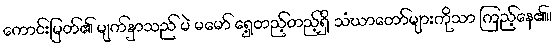
ကောင်းမြတ်၏ မျက်နှာသည် မဲ မမော် ရှေ့တည့်တည့်ရှိ သံဃာတော်များကိုသာ ကြည့်နေ၏။